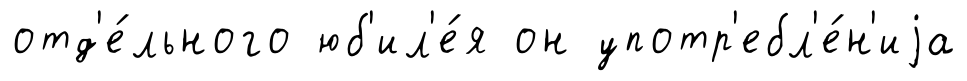
отд'е́льного юб'ил'е́я он употр'ебл'е́н'иjа